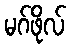
မဂ်ဖိုလ်